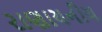
રાણાયનીય